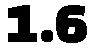
1.6